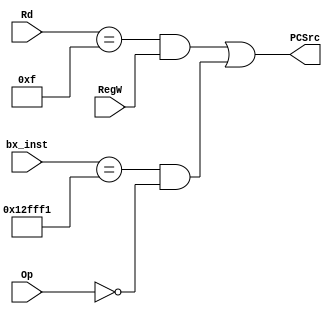
module PCLogic( 
	input [3:0] Rd, 
	input RegW,
	input [23:0] bx_inst, 
	input [1:0] Op,
	output PCSrc);
	
	
	assign PCSrc = ((Rd == 15) & RegW) | (( bx_inst == 24'b000100101111111111110001) & (Op == 2'b00));

endmodule